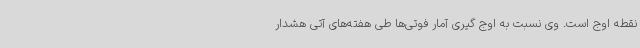
نقطه اوج است. وی نسبت به اوج گیری آمار فوتی‌ها طی هفته‌های آتی هشدار